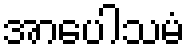
အာပေါသမံ